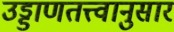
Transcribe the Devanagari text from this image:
उड्डाणतत्त्वानुसार